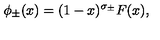
\phi _ { \pm } ( x ) = ( 1 - x ) ^ { \sigma _ { \pm } } F ( x ) ,